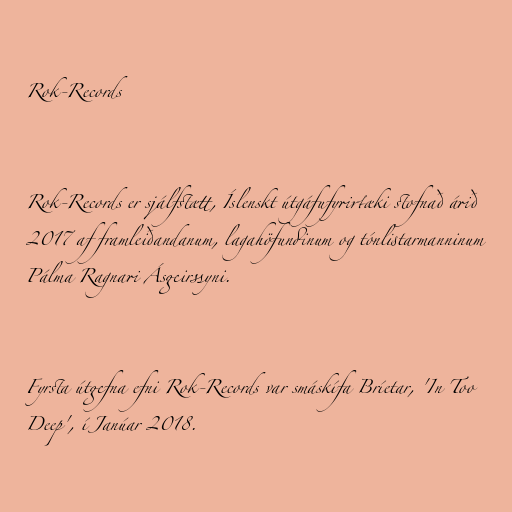
Rok-Records

Rok-Records er sjálfstætt, Íslenskt útgáfufyrirtæki stofnað árið
2017 af framleiðandanum, lagahöfundinum og tónlistarmanninum
Pálma Ragnari Ásgeirssyni.

Fyrsta útgefna efni Rok-Records var smáskífa Bríetar, 'In Too
Deep', í Janúar 2018.